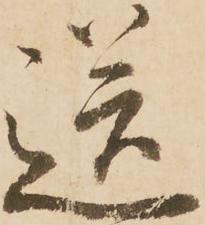
送